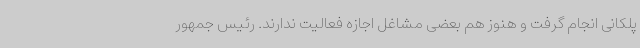
پلکانی انجام گرفت و هنوز هم بعضی مشاغل اجازه فعالیت ندارند. رئیس جمهور